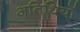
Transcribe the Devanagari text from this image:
अतिथियॊं